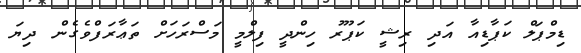
ޑިމްޕަލް ކަޕާޑިއާ އަދި ރިޝީ ކަޕޫރު ހިންދީ ފިލްމީ މަސްރަހަށް ތަޢާރަފްވެގެން ދިޔަ